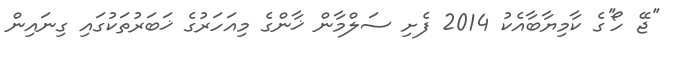
''ޖޭ ހޯ''ގެ ކާމިޔާބާއެކު 2014 ފެށި ސަލްމާން ޚާންގެ މިއަހަރުގެ ޚަބަރުތަކުގައި ގިނައިން